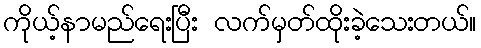
ကိုယ့်နာမည်ရေးပြီး လက်မှတ်ထိုးခဲ့သေးတယ်။